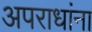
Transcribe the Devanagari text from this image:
अपराधांना